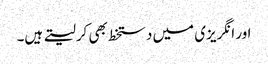
اور انگریزی میں دستخط بھی کرلیتے ہیں۔